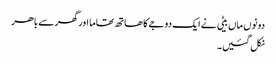
دونوں ماں بیٹی نے ایک دوجے کا ھاتھ تھاما اور گھر سے باھر
نکل گئیں۔